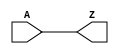
module BUF_X4 (A, Z);
  input A;
  output Z;
  buf(Z, A);
  specify
    (A => Z) = (0.1, 0.1);
  endspecify
endmodule